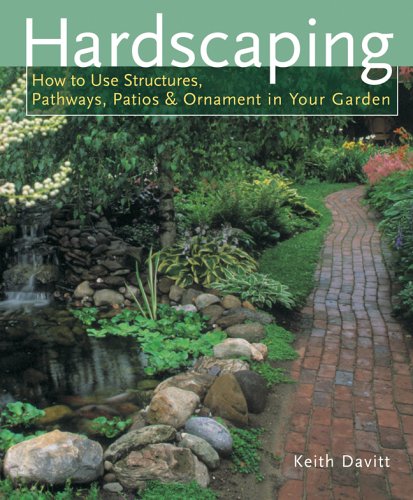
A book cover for Hardscaping: How to Use Structures, Pathways, Patios & Ornaments in Your Garden; Keith Davitt; Crafts, Hobbies & Home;